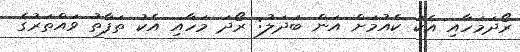
ރޯދަމަހާއި އެކު ކެއުމަށް އަން ބަދަލު: ރޯދަ މަހާއި އެކު ތަފާތު ވައްތަރުގެ